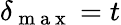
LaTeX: \delta_{\mathrm{~m~a~x~}}=t